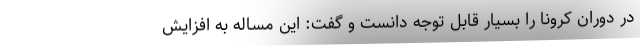
در دوران کرونا را بسیار قابل توجه دانست و گفت: این مساله به افزایش